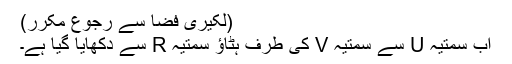
(لکیری فضا سے رجوع مکرر)
اب سمتیہ U سے سمتیہ V کی طرف ہٹاؤ سمتیہ R سے دکھایا گیا ہے۔